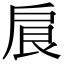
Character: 𢩆